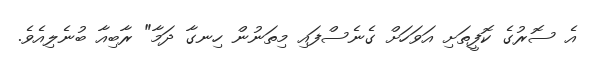
އެ ސޮރުގެ ކޮފީތަށި އަވަހަށް ގެނެސްފައި މިތަނުން ހިނގާ ދަމާ" ރާބިއާ ބުނެލިއެވެ.